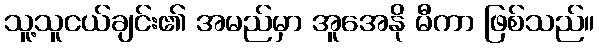
သူ့သူငယ်ချင်း၏ အမည်မှာ အူအေနို မီကာ ဖြစ်သည်။